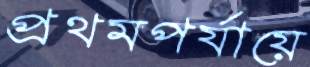
প্রথমপর্যায়ে